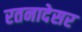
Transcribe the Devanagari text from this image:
रतनादेसर